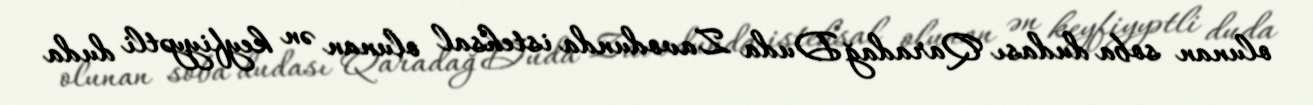
olunan soba dudası Qaradağ Duda Zavodunda istehsal olunan ən keyfiyyətli duda